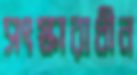
সংস্কারাধীন